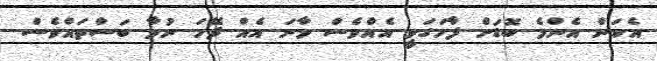
އެކަން އެންމެ ބޮޑަށް ފާހަގަވީ އެއްވެސް މާނަ އެއް ދޭހަ ނުވާ ބަސްތައްވެސް